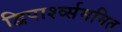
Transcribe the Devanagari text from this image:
द्विपार्श्व्सममित